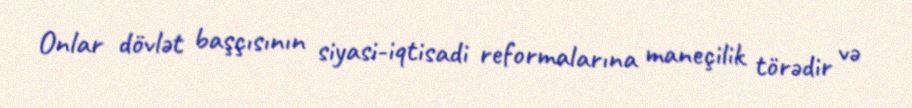
Onlar dövlət başçısının siyasi-iqtisadi reformalarına maneçilik törədir və